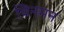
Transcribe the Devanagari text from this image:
चिनमन